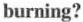
burning?